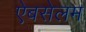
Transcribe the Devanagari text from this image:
ऐबसेलम